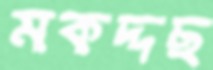
মকদ্দছ